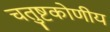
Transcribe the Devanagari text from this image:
चतुष्टकोणीय